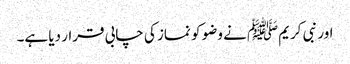
اور نبی کریمﷺ نے وضو کو نماز کی چابی قرار دیا ہے۔